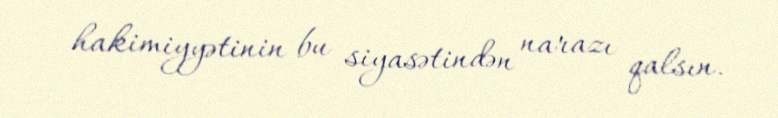
hakimiyyətinin bu siyasətindən narazı qalsın.